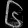
Digit: ၆